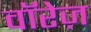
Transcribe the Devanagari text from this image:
वॉरेज़